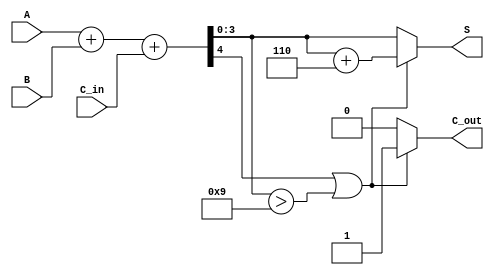
module BCD_Parallel_Adder (
    input      [3:0] A,      // First BCD digit
    input      [3:0] B,      // Second BCD digit
    input             C_in,   // Carry-in
    output reg [3:0] S,      // BCD sum
    output reg        C_out   // Carry-out
);

    wire [4:0] Sum;          // 5-bit sum for carry out
    wire correction;          // Correction flag

    // Step 1: Perform binary addition
    assign Sum = A + B + C_in;

    // Step 2: Determine if correction is needed
    assign correction = (Sum[4] || (Sum[3:0] > 4'b1001));

    // Step 3: Apply correction if necessary
    always @(*) begin
        if (correction) begin
            S = Sum[3:0] + 4'b0110; // Add 6 for correction
            C_out = 1;              // Set carry out if correction applied
        end else begin
            S = Sum[3:0];           // No correction needed
            C_out = 0;              // No carry out
        end
    end

endmodule